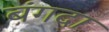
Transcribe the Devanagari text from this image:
बंगदा